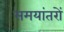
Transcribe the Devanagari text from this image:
समयांतरों